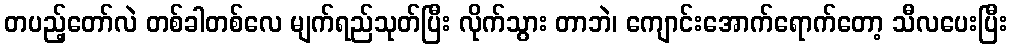
တပည့်တော်လဲ တစ်ခါတစ်လေ မျက်ရည်သုတ်ပြီး လိုက်သွား တာဘဲ၊ ကျောင်းအောက်ရောက်တော့ သီလပေးပြီး